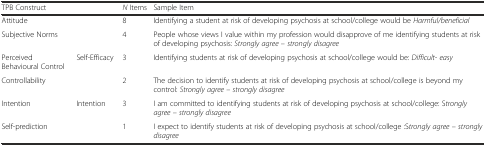
<table><thead><tr><td colspan="2"><b>TPB Construct</b></td><td><b><i>N</i> Items</b></td><td><b>Sample Item</b></td></tr></thead><tbody><tr><td colspan="2">Attitude</td><td>8</td><td>Identifying a student at risk of developing psychosis at school/college would be <i>Harmful/beneficial</i></td></tr><tr><td colspan="2">Subjective Norms</td><td>4</td><td>People whose views I value within my profession would disapprove of me identifying students at risk of developing psychosis: <i>Strongly agree – strongly disagree</i></td></tr><tr><td>Perceived Behavioural Control</td><td>Self-Efficacy</td><td>3</td><td>Identifying students at risk of developing psychosis at school/college would be: <i>Difficult- easy</i></td></tr><tr><td colspan="2">Controllability</td><td>2</td><td>The decision to identify students at risk of developing psychosis at school/college is beyond my control: <i>Strongly agree – strongly disagree</i></td></tr><tr><td>Intention</td><td>Intention</td><td>3</td><td>I am committed to identifying students at risk of developing psychosis at school/college: S<i>trongly agree – strongly disagree</i></td></tr><tr><td colspan="2">Self-prediction</td><td>1</td><td>I expect to identify students at risk of developing psychosis at school/college :S<i>trongly agree – strongly disagree</i></td></tr></tbody></table>